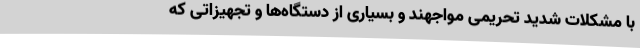
با مشکلات شدید تحریمی مواجهند و بسیاری از دستگاه‌ها و تجهیزاتی که